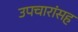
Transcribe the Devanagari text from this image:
उपचारांसह